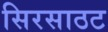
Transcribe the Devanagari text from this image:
सिरसाठट